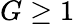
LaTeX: G\geq 1